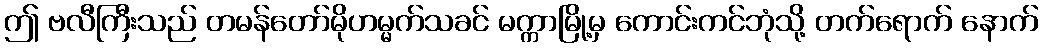
ဤ ဗလီကြီးသည် တမန်တော်မိုဟမ္မက်သခင် မက္ကာမြို့မှ ကောင်းကင်ဘုံသို့ တက်ရောက် နောက်